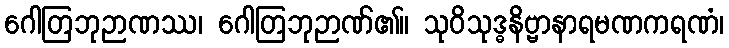
ဂေါတြဘုဉာဏဿ၊ ဂေါတြဘုဉာဏ်၏။ သုဝိသုဒ္ဓနိဗ္ဗာနာရမဏကရဏံ၊